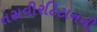
તસવીરટિટાનની